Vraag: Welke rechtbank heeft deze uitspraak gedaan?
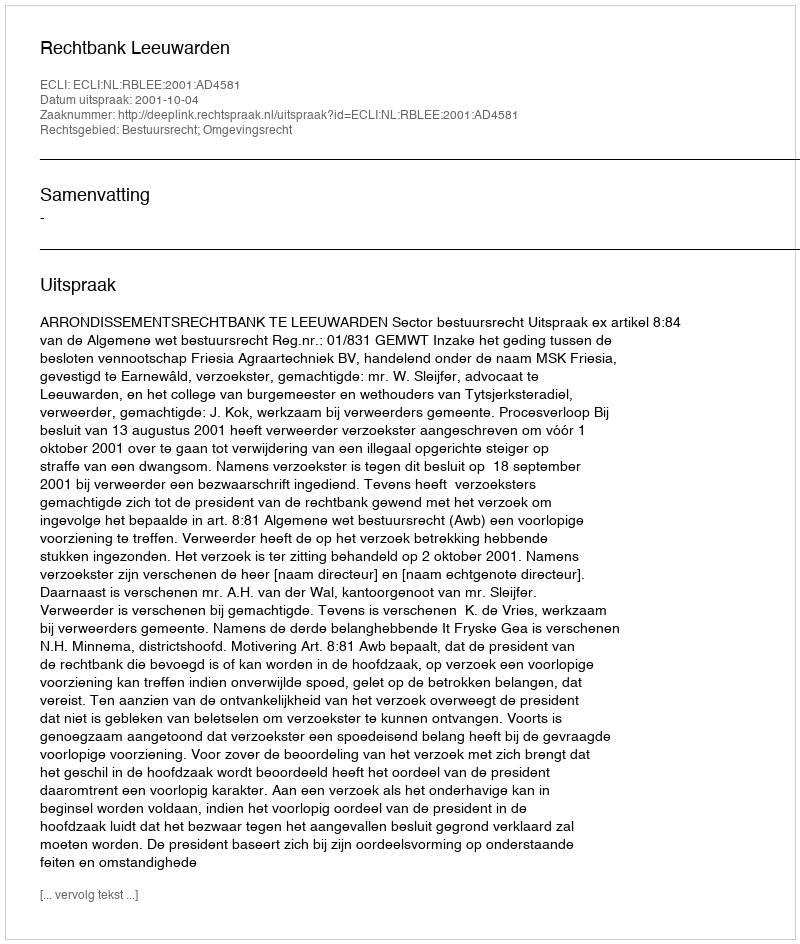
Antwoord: Rechtbank Leeuwarden